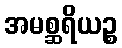
အမစ္ဆရိယဉ္စ